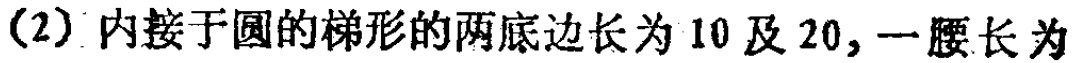
(2) 内接于圆的梯形的两底边长为 10 及 20, 一腰长为